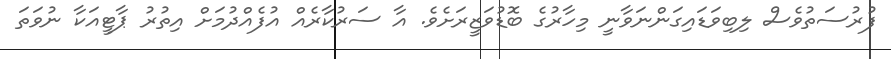
ފުރުސަތުވެސް ލިބިވަޑައިގަންނަވާނީ މިހާރުގެ ބޮޑުވަޒީރަށެވެ. އާ ސަރުކާރެއް އުފެއްދުމަށް އިތުރު ޕާޓީއަކާ ނުވަތަ